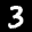
Label: 3